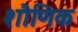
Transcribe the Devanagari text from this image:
शौणिक